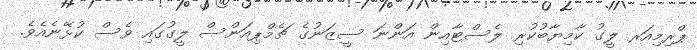
ޕްރިމިއަރ ލީގު ކާމިޔާބުކުރި ލެސްޓާއިން އަންނަ ސީޒަނުގެ ޗެމްޕިއަންސް ލީގުގައި ވެސް ކުޅޭނެއެވެ.